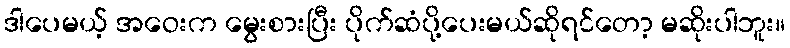
ဒါပေမယ့် အဝေးက မွေးစားပြီး ပိုက်ဆံပို့ပေးမယ်ဆိုရင်တော့ မဆိုးပါဘူး။